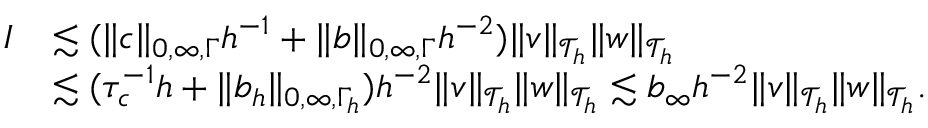
\begin{array} { r l } { I } & { \lesssim ( \| c \| _ { 0 , \infty , \Gamma } h ^ { - 1 } + \| b \| _ { 0 , \infty , \Gamma } h ^ { - 2 } ) \| v \| _ { \mathcal { T } _ { h } } \| w \| _ { \mathcal { T } _ { h } } } \\ & { \lesssim ( \tau _ { c } ^ { - 1 } h + \| b _ { h } \| _ { 0 , \infty , \Gamma _ { h } } ) h ^ { - 2 } \| v \| _ { \mathcal { T } _ { h } } \| w \| _ { \mathcal { T } _ { h } } \lesssim b _ { \infty } h ^ { - 2 } \| v \| _ { \mathcal { T } _ { h } } \| w \| _ { \mathcal { T } _ { h } } . } \end{array}